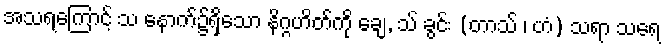
အသရကြောင့် သ နောက်၌ရှိသော နိဂ္ဂဟိတ်ကို ချေ, သ် ခွင်း (တာသ် ၊ ဟံ) သရာ သရေ